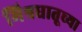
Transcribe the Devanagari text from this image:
मिश्रधातूच्या